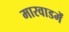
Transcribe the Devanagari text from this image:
मारवाडमें